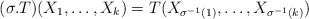
\begin{align*}(\sigma.T)(X_1,\ldots,X_k) = T(X_{\sigma^{-1}(1)},\ldots,X_{\sigma^{-1}(k)})\end{align*}